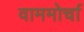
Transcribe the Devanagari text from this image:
वाममोर्चा